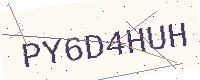
Text: PY6D4HUH